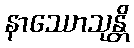
နာဿောသုန္တိ